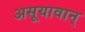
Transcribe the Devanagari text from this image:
असूयावान्